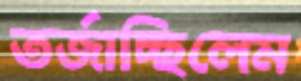
তর্জাচ্ছিলেম